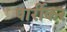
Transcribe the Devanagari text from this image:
पार्रीकर